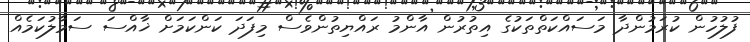
ފުލުހުން ކުރަމުންދާ މަސައްކަތްތަކުގެ އިތުރުން އާންމު ރައްޔިތުންވެސް މިފަދަ ކަންކަމަށް ޚާއްސަ ސަމާލުކަމެއް